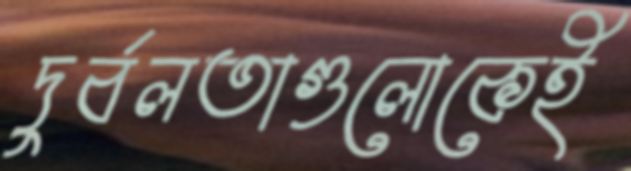
দুর্বলতাগুলোকেই